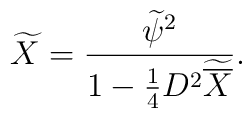
\widetilde X ={\widetilde\psi^2 \over 1 - {1\over 4} D^2 \widetilde{\overline X}}.